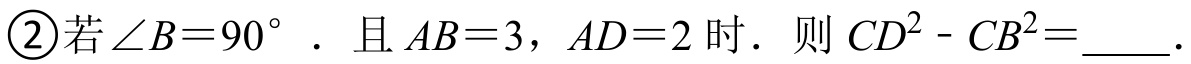
\textcircled{2}若$\angle B = 90^{\circ}$．且$AB = 3$，$AD = 2$时．则$CD^{2}-CB^{2}=\_\_\_\_$.